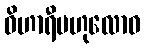
ဝိဟာရီဗဟုလောဓ